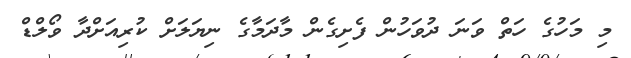
މި މަހުގެ ހަތް ވަނަ ދުވަހުން ފެށިގެން މާދަމާގެ ނިޔަލަށް ކުރިއަށްދާ ވޯލްޑް